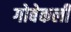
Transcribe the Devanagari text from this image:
गोबेकली